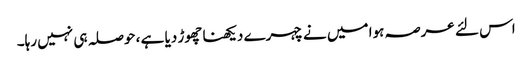
اس لئے عرصہ ہوا میں نے چہرے دیکھنا چھوڑ دیا ہے ، حوصلہ ہی نہیں رہا۔